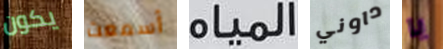
يكون أسمعت المياه داوني يا